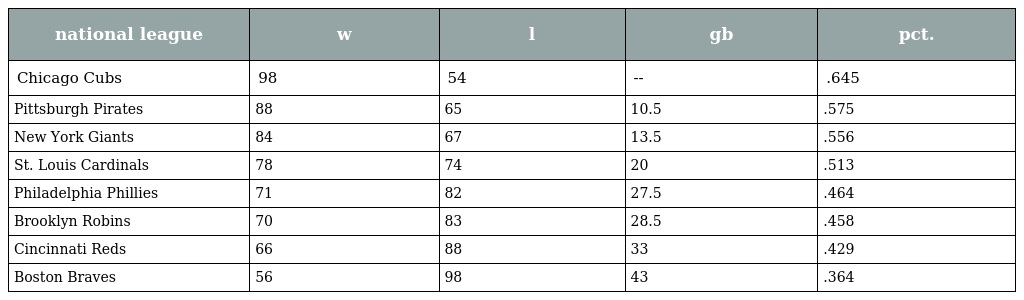
| national league | w | l | gb | pct. |
 | --- | --- | --- | --- | --- |
 | Chicago Cubs | 98 | 54 | -- | .645 |
 | Pittsburgh Pirates | 88 | 65 | 10.5 | .575 |
 | New York Giants | 84 | 67 | 13.5 | .556 |
 | St. Louis Cardinals | 78 | 74 | 20 | .513 |
 | Philadelphia Phillies | 71 | 82 | 27.5 | .464 |
 | Brooklyn Robins | 70 | 83 | 28.5 | .458 |
 | Cincinnati Reds | 66 | 88 | 33 | .429 |
 | Boston Braves | 56 | 98 | 43 | .364 |